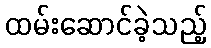
ထမ်းဆောင်ခဲ့သည့်